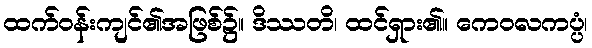
ထက်ဝန်းကျင်၏အဖြစ်၌။ ဒိဿတိ၊ ထင်ရှား၏။ ကေဝလကပ္ပံ၊